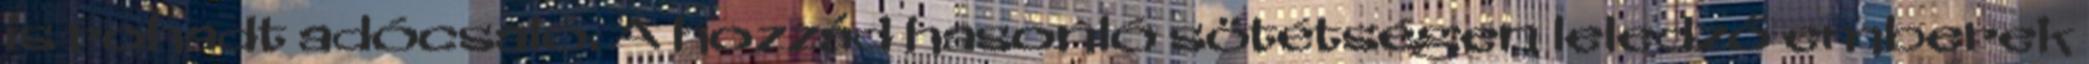
is rohadt adócsaló. A hozzád hasonló sötétségen leledző emberek